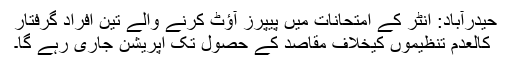
حیدرآباد: انٹر کے امتحانات میں پیپرز آؤٹ کرنے والے تین افراد گرفتار
کالعدم تنظیموں کیخلاف مقاصد کے حصول تک آپریشن جاری رہے گا۔